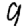
Digit: 9